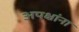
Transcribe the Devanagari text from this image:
अपक्षांना